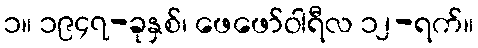
၁။ ၁၉၄၇-ခုနှစ်၊ ဖေဖော်ဝါရီလ ၁၂-ရက်။